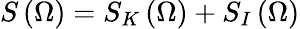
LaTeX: S\left(\Omega\right)=S_{K}\left(\Omega\right)+S_{I}\left(\Omega\right)